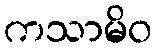
ကသာမိဝ